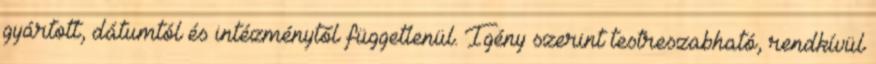
gyártott, dátumtól és intézménytől függetlenül. Igény szerint testreszabható, rendkívül